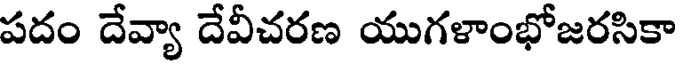
పదం దేవ్యా దేవీచరణ యుగళాంభోజరసికా